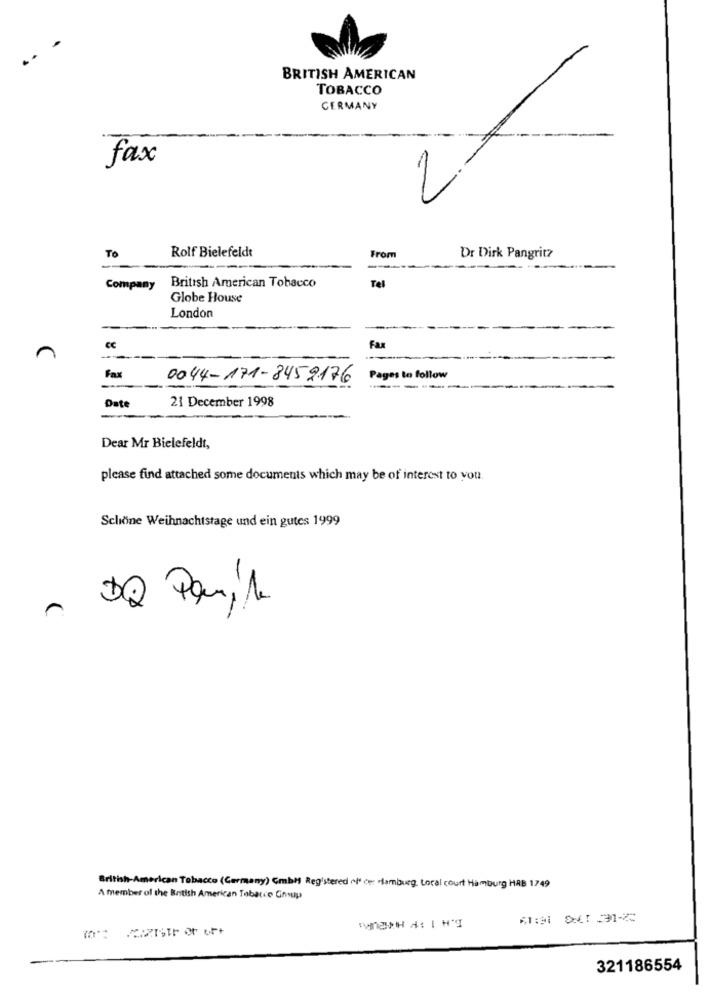
BRITISH AMERICAN
TOBACCO
GERMANY
fax
Rolf Bielefeldt
To
From
Dr Dirk Pangritz
British American Tobacco
Company
Tel
Globe House
London
n
Fax
Fax
0044-171-8452176
Pages to follow
21 December 1998
Dat
Dear Mr Bielefeldt,
please find attached some documents which may be of interest to you.
Schöne Weihnachtstage und ein gutes 1999
British-American Tobacco (Germany) Gmbh Registered of ce Hamburg, Local court Hamburg HAB 1749
A member of the British American Tobacco Gnsup
321186554